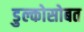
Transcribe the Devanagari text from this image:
डुल्कोसोबत